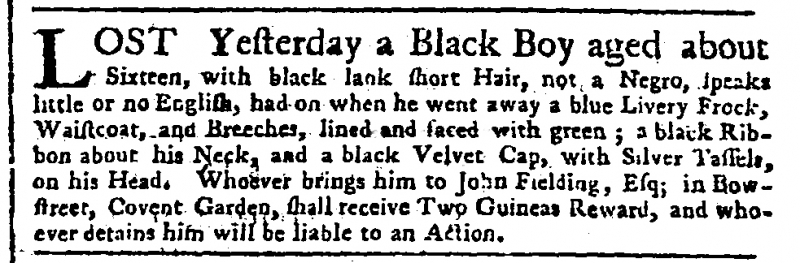
Public Advertiser, 20 September 1756 (England)
LOST Yesterday a Black Boy aged about Sixteen, with black lank short Hair, not a Negro, speaks little or no English, had on when he went away a blue Livery Frock, Waistcoat, and Breeches, lined and faced with green; a black Ribbon about his Neck, and a black Velvet Cap, with Silver Tassels, on his Head. Whoever brings him to John Fielding, Esq; in Bow-street, Covent Garden, shall receive Two Guineas Reward, and whoever detains him will be liable to an Action.